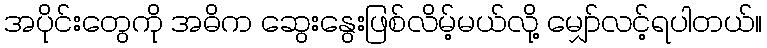
အပိုင်းတွေကို အဓိက ဆွေးနွေးဖြစ်လိမ့်မယ်လို့ မျှော်လင့်ရပါတယ်။